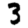
Digit: 3